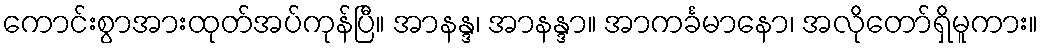
ကောင်းစွာအားထုတ်အပ်ကုန်ပြီ။ အာနန္ဒ၊ အာနန္ဒာ။ အာကင်္ခမာနော၊ အလိုတော်ရှိမူကား။